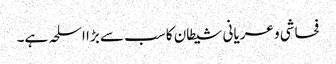
فحاشی و عریانی شیطان کا سب سے بڑا اسلحہ ہے۔